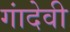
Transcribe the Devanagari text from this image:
गांदेवी